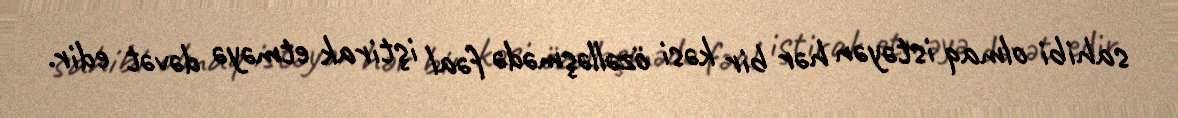
sahibi olmaq istəyən hər bir kəsi özəlləşmədə fəal iştirak etməyə dəvət edir.